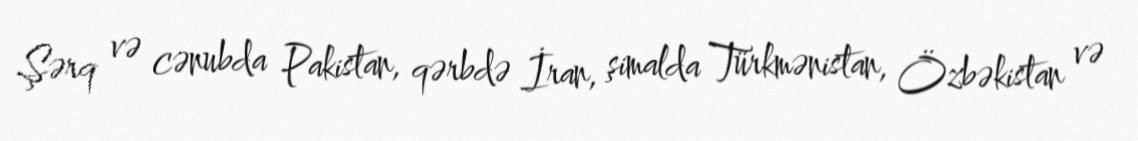
Şərq və cənubda Pakistan, qərbdə İran, şimalda Türkmənistan, Özbəkistan və